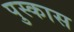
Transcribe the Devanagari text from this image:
पुस्कास